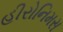
હીરોનિમસ